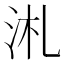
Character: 㳐